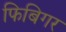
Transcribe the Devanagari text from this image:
फिबिगर